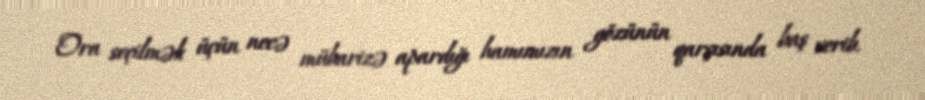
Ora seçilmək üçün necə mübarizə apardığı hamımızın gözünün qarşısında baş verib.